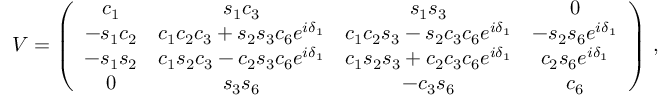
V = \left( \begin{array} { c c c c } { { c _ { 1 } } } & { { s _ { 1 } c _ { 3 } } } & { { s _ { 1 } s _ { 3 } } } & { { 0 } } \\ { { - s _ { 1 } c _ { 2 } } } & { { c _ { 1 } c _ { 2 } c _ { 3 } + s _ { 2 } s _ { 3 } c _ { 6 } e ^ { i \delta _ { 1 } } } } & { { c _ { 1 } c _ { 2 } s _ { 3 } - s _ { 2 } c _ { 3 } c _ { 6 } e ^ { i \delta _ { 1 } } } } & { { - s _ { 2 } s _ { 6 } e ^ { i \delta _ { 1 } } } } \\ { { - s _ { 1 } s _ { 2 } } } & { { c _ { 1 } s _ { 2 } c _ { 3 } - c _ { 2 } s _ { 3 } c _ { 6 } e ^ { i \delta _ { 1 } } } } & { { c _ { 1 } s _ { 2 } s _ { 3 } + c _ { 2 } c _ { 3 } c _ { 6 } e ^ { i \delta _ { 1 } } } } & { { c _ { 2 } s _ { 6 } e ^ { i \delta _ { 1 } } } } \\ { { 0 } } & { { s _ { 3 } s _ { 6 } } } & { { - c _ { 3 } s _ { 6 } } } & { { c _ { 6 } } } \end{array} \right) \, ,